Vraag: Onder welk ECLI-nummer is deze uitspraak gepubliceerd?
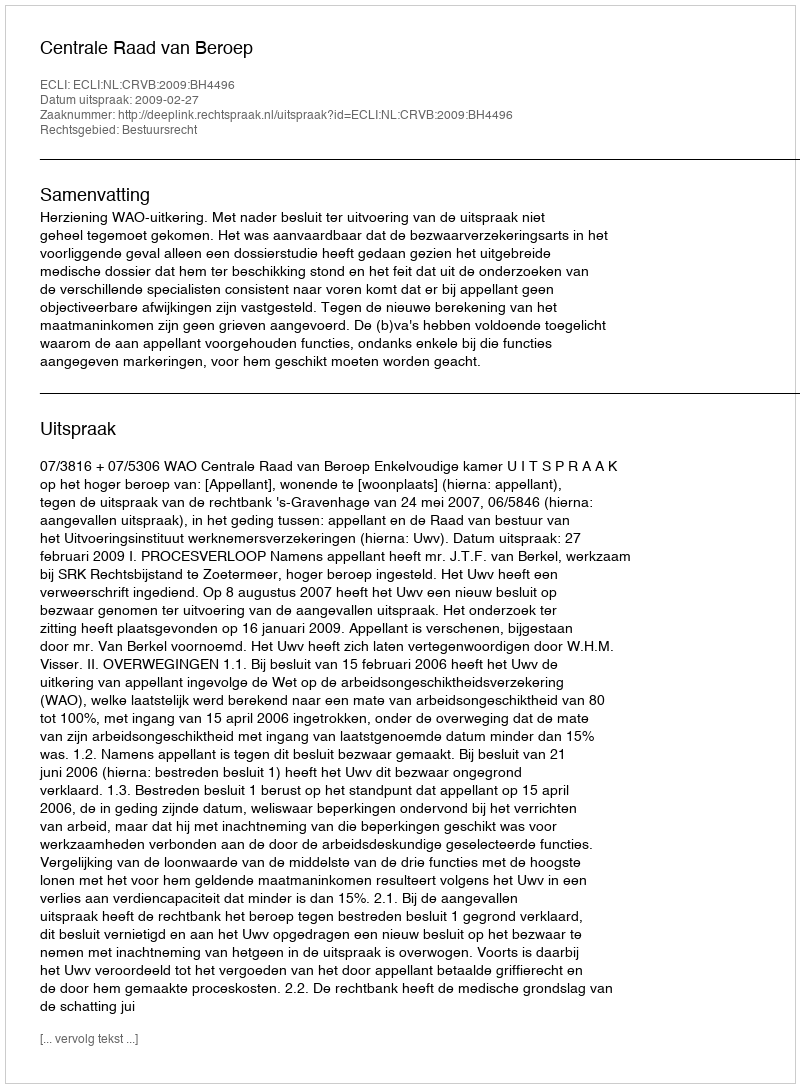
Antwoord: ECLI:NL:CRVB:2009:BH4496